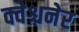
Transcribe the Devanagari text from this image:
क्वेश्चनेर